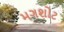
મગશોટ